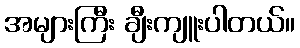
အများကြီး ချီးကျူးပါတယ်။